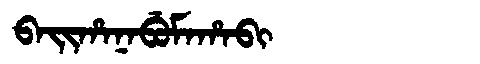
Manchu: ᠪᠠᡳᡥᠠᠨᠠᠪᡠᠮᠠᡥᠠᠪᡳ
Romanization: BAIHANABUMAHABI